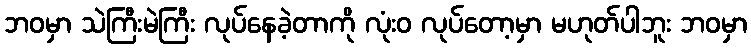
ဘဝမှာ သဲကြီးမဲကြီး လုပ်နေခဲ့တာကို လုံးဝ လုပ်တော့မှာ မဟုတ်ပါဘူး ဘဝမှာ